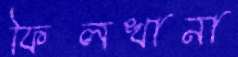
ফিলখানা